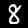
Digit: 8